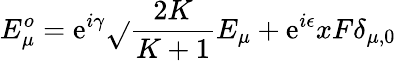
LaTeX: E_{\mu}^{o}=\mathrm{e}^{i\gamma}\sqrt{}{{\frac{{2K}}{{K+1}}}}E_{\mu}+\mathrm{e}^{i\epsilon}xF\delta_{\mu,0}